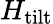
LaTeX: H_{\mathrm{{tilt}}}